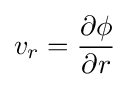
v_{r}={\frac {\partial \phi }{\partial r}}